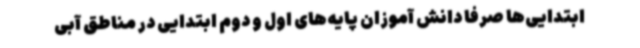
ابتدایی‌ها صرفاً دانش آموزان پایه‌های اول و دوم ابتدایی در مناطق آبی